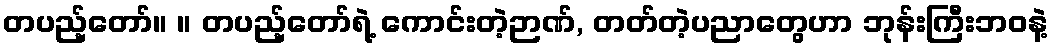
တပည့်တော်။ ။ တပည့်တော်ရဲ့ ကောင်းတဲ့ဉာဏ်, တတ်တဲ့ပညာတွေဟာ ဘုန်းကြီးဘဝနဲ့